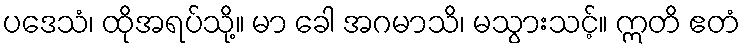
ပဒေသံ၊ ထိုအရပ်သို့။ မာ ခေါ အဂမာသိ၊ မသွားသင့်။ ဣတိ ဧတံ